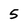
Character: 5